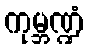
ကုမ္ဘဏ္ဍံ